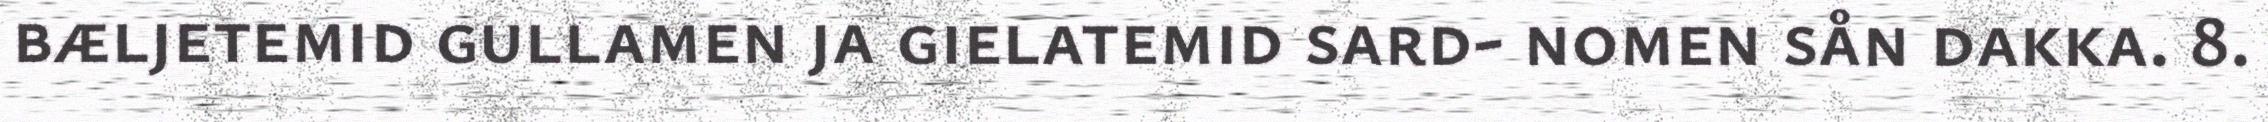
bæljetemid gullamen ja gielatemid sard- nomen sån dakka. 8.